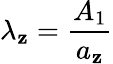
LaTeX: \lambda_{\mathbf{z}}=\frac{{A_{1}}}{{a_{\mathbf{z}}}}